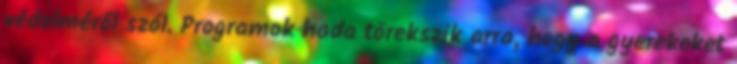
védelméről szól. Programok hada törekszik arra, hogy a gyerekeket